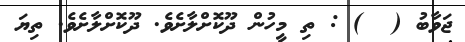
ޖަވާބު (  ) : ތި މީހުން ދޫކޮށްލާށެވެ. ދޫކޮށްލާށެވެ. ތިޔަ